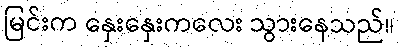
မြင်းက နှေးနှေးကလေး သွားနေသည်။